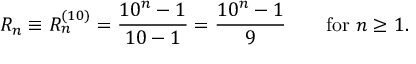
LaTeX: R _ { n } \equiv R _ { n } ^ { ( 1 0 ) } = { \frac { 1 0 ^ { n } - 1 } { 1 0 - 1 } } = { \frac { 1 0 ^ { n } - 1 } { 9 } } \qquad { \mathrm { f o r ~ } } n \geq 1 .